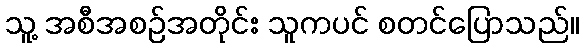
သူ့ အစီအစဉ်အတိုင်း သူကပင် စတင်ပြောသည်။